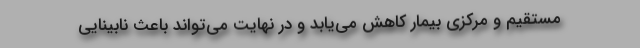
مستقیم و مرکزیِ بیمار کاهش می‌یابد و در نهایت می‌تواند باعث نابینایی